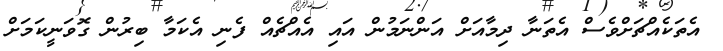
އެތަކެއްޗަށްވެސް އެތަނާ ދިމާއަށް އަންނަމުން އައި އެއްޗެއް ފެނި އެކަމާ ބިރުން ގޮވަނީކަމަށް